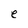
Character: e